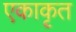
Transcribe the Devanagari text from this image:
एकाकृत